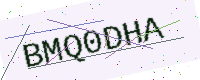
Text: BMQ0DHA